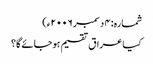
شمارہ: ۴ دسمبر ۲۰۰۶ء)
کیا عراق تقسیم ہوجائے گا؟